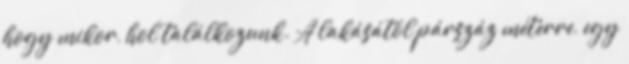
hogy mikor, hol találkozunk. A lakásától párszáz méterre, egy